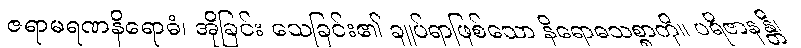
ဇရာမရဏနိရောဓံ၊ အိုခြင်း သေခြင်း၏ ချုပ်ရာဖြစ်သော နိရောဓသစ္စာကို။ ပရိဇာနန္တိ၊